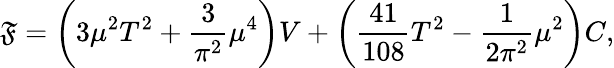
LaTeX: \mathfrak{F}=\left(3\mu^{2}T^{2}+{\frac{{3}}{{\pi^{2}}}}\mu^{4}\right)V+\left({\frac{{41}}{{108}}}T^{2}-{\frac{{1}}{{2\pi^{2}}}}\mu^{2}\right)C,